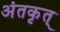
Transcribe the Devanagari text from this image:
अंतकृत्